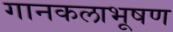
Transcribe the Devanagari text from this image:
गानकलाभूषण